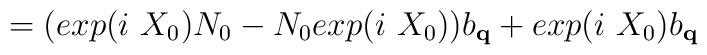
= ( exp(i\mbox{  }X_{0})N_{0} - N_{0}exp(i\mbox{  }X_{0}) )b_{ {\bf{q}} }+ exp(i\mbox{  }X_{0})b_{ {\bf{q}}  }